Insane asylums in Bengal annual reports 1867-1875 - 1867-1875
Year: 1867
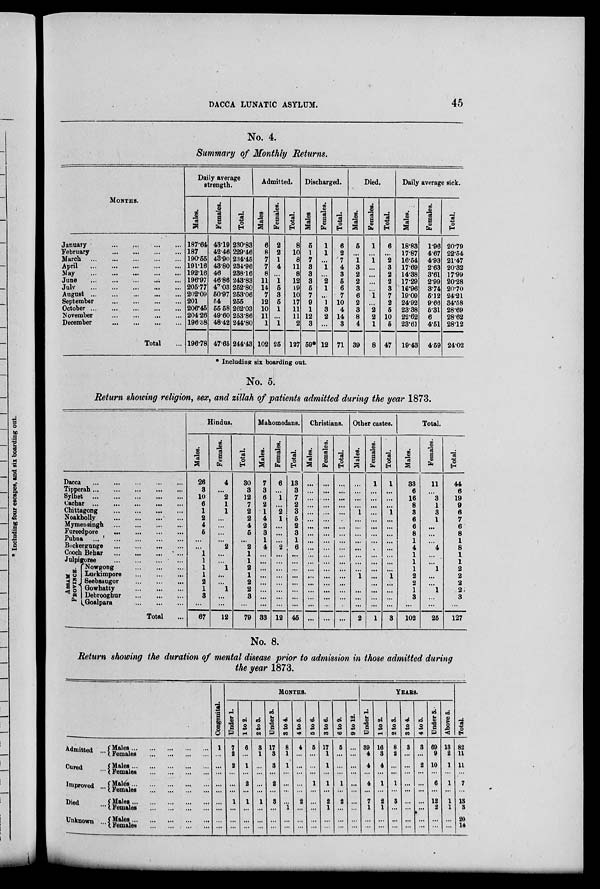
DACCA LUNATIC ASYLUM.
45
No. 4.
Summary of Monthly Returns.
MONTHS.
January
...
...
...
...
February ... ... ... ...
March
...
...
...
...
April
...
...
...
...
May
...
...
...
...
June
...
...
...
...
July
...
...
...
...
August
...
...
...
...
September
...
...
...
...
October
...
...
...
...
November ... ... ... ...
December
...
...
...
...
Total ...
Daily average
strength.
Males.
187.64
187
190.55
191.16
192.16
196.97
205.77
202.09
201
206.45
204.26
196.38
196.78
Females.
43.19
42.46
43.90
43.80
46
46.86
47.03
50.97
54
55.58
49.60
48.42
47.65
Total.
230.83
229.46
234.45
234.96
238.16
243.83
252.80
253.06
255
262.03
253.86
244.80
244.43
Admitted.
Males.
6
8
7
7
8
11
14
7
12
10
11
1
102
Females.
2
2
1
4
...
1
5
3
5
1
...
1
25
Total.
8
10
8
11
8
12
19
10
17
11
11
2
127
Discharged.
Males.
5
1
7
3
3
3
5
7
9
1
12
3
59*
Females.
1
1
...
1
...
2
1
...
1
3
2
...
12
Total.
6
2
7
4
3
5
6
7
10
4
14
3
71
Died.
Males.
5
...
1
3
2
2
3
6
2
3
8
4
39
Females.
1
...
1
...
...
...
...
1
...
2
2
1
8
Total.
6
...
2
3
2
2
3
7
2
5
10
5
47
Daily average sick.
Males.
18.83
17.87
16.54
17.69
14.38
17.29
16.96
19.09
24.92
23.38
22.62
23.61
19.43
Females.
1.96
4.67
4.93
2.63
3.61
2.99
3.74
5.12
9.66
5.31
6
4.51
4.59
Total.
20.79
22.54
21.47
20.32
17.99
20.28
20.70
24.21
34.58
28.69
28.62
28.12
24.02
* Including six boarding out.
No. 5.
Return showing religion, sex, and zillah of patients admitted during the year 1873.
Dacca
...
...
...
...
...
Tipperah
...
...
...
...
...
Sylhet
...
... ... ... ...
Cachar
...
...
...
...
...
Chittagong
...
...
...
...
Noakholly ... ... ... ...
Mymensingh
...
...
...
...
Fureedpore
... ...
...
...
Pubna
...
...
...
...
...
Backergunge
... ... ... ...
Cooch Behar
...
...
...
...
Julpigoree
... ... ... ...
AS S AM
P ROVINCE.
Nowgong
...
...
...
Luckimpore
... ... ...
Seebsaugor
... ... ...
Gowhatty
...
...
...
Debrooghur
...
...
...
Goalpara
...
...
...
Total ...
Hindus.
Males.
26
3
10
6
1
2
4
5
...
...
1
1
1
1
2
1
3
...
67
Females.
4
...
2
1
1
...
...
...
...
2
...
...
1
...
...
1
...
...
12
Total.
30
3
12
7
2
2
4
5
...
2
1
1
2
1
2
2
3
...
79
Mahomedans.
Males.
7
3
6
2
1
4
2
3
1
4
...
...
...
...
...
...
...
...
33
Females.
6
...
1
...
2
1
...
...
...
2
...
...
...
...
...
...
...
...
12
Total.
13
3
7
2
3
5
2
3
1
6
...
...
...
...
...
...
...
...
45
Christians.
Males.
...
...
...
...
...
...
...
...
...
...
...
...
...
...
...
...
...
...
...
Females.
...
...
...
...
...
...
...
...
...
...
...
...
...
...
...
...
...
...
...
Total.
...
...
...
...
...
...
...
...
...
...
...
...
...
...
...
...
...
...
...
Other castes.
Males.
...
...
...
...
1
...
...
...
...
...
...
...
...
1
...
...
...
...
2
Females.
1
...
...
...
...
...
...
...
...
...
...
...
...
...
...
...
...
...
1
Total.
1
...
...
...
1
...
...
...
...
...
...
...
...
1
...
...
...
...
3
Total.
Males.
33
6
16
8
3
6
6
8
1
4
1
1
1
2
2
1
3
...
102
Females.
11
...
3
1
3
1
...
...
...
4
...
...
1
...
...
1
...
...
25
Total.
44
6
19
9
6
7
6
8
1
8
1
1
2
2
2
2
3
...
127
No. 8.
Return showing the duration of mental disease prior to admission in those admitted during
the year 1873.
Admitted ...
Cured ...
Improved ...
Died ...
Unknown ...
Males ... ... ... ... ...
Females ... ... ... ... ...
Males ... ... ... ... ...
Females ... ... ... ... ...
Males ... ... ... ... ...
Females
...
...
...
...
Males ... ... ... ... ...
Females
...
...
...
...
Males ... ... ... ... ... ...
Females ... ... ... ... ...
Congenital.
1
...
...
...
...
...
...
...
...
...
MONTHS.
Under 1.
7
2
2
...
...
...
1
...
...
...
1 to 2.
6
...
1
...
2
...
1
...
...
...
2 to 3.
3
1
...
...
...
...
1
...
...
...
Under 2.
17
3
3
...
2
...
3
...
...
...
3 to 4.
8
1
1
...
...
...
...
1
...
...
4 to 5.
4
...
...
...
...
...
2
...
...
...
5 to 6.
5
...
...
...
1
...
...
...
...
...
3 to 6.
17
1
1
...
1
...
2
1
...
...
6 to 9.
5
...
...
...
1
...
2
...
...
...
9 to 12.
...
...
...
...
...
...
...
...
...
...
YEARS.
Under 1.
39
4
4
...
4
...
7
1
...
...
1 to 2.
16
3
4
...
1
...
2
1
...
...
2 to 3.
8
2
...
...
1
...
3
...
...
...
3 to 4.
3
...
...
...
...
...
...
...
...
...
4 to 5.
3
...
2
...
...
...
...
...
...
...
Under 5.
69
9
10
...
6
...
12
2
...
...
Above 5.
13
2
1
...
1
...
1
1
...
...
Total.
82
11
11
...
7
...
13
3
20
14